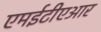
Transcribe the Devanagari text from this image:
एमईटीएआर